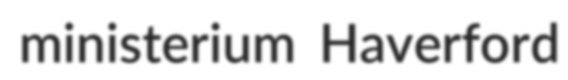
ministerium Haverford